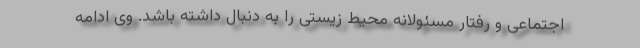
اجتماعی و رفتار مسئولانه محیط زیستی را به دنبال داشته باشد. وی ادامه